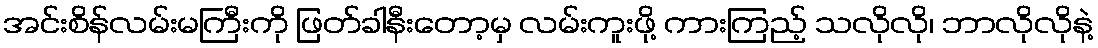
အင်းစိန်လမ်းမကြီးကို ဖြတ်ခါနီးတော့မှ လမ်းကူးဖို့ ကားကြည့် သလိုလို၊ ဘာလိုလိုနဲ့